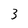
Character: 3